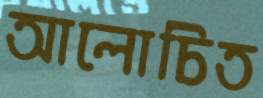
আলোচিত